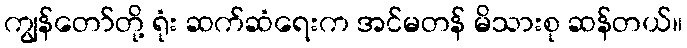
ကျွန်တော်တို့ ရုံး ဆက်ဆံရေးက အင်မတန် မိသားစု ဆန်တယ်။